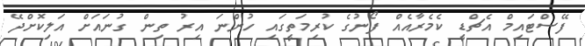
ފޭސްޓައިމް އެޗްޑީ ކެމެރާއެއް ފޯނުގެ ކުރިމަތީގައި ހުންނަ އިރު ތިން ގުނައަށް އަލިކޮށްދޭ